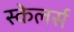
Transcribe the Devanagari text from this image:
स्केलर्स